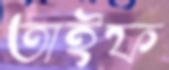
তাইফ